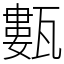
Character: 甊